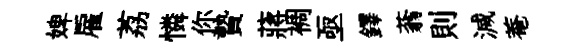
婢雇荔憐你贄蔣裯亟鐸蓊則減菴